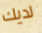
لديك